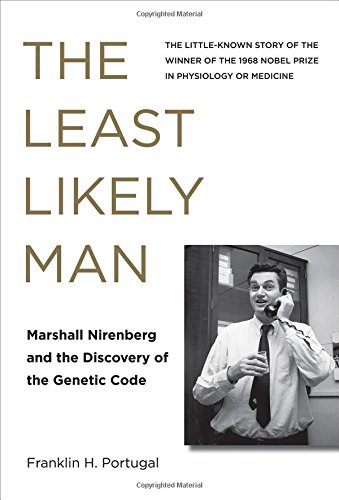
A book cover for The Least Likely Man: Marshall Nirenberg and the Discovery of the Genetic Code; Franklin H. Portugal; Science & Math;